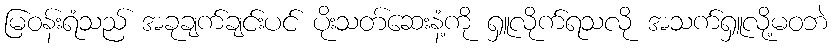
မြဝန်းရံသည် အခုချက်ချင်းပင် ပိုးသတ်ဆေးနံ့ကို ရှူလိုက်ရသလို အသက်ရှူလို့မဝဘဲ